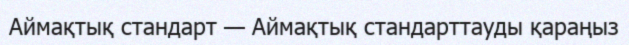
Аймақтық стандарт — Аймақтық стандарттауды қараңыз